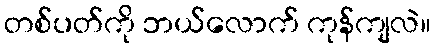
တစ်ပတ်ကို ဘယ်လောက် ကုန်ကျလဲ။